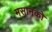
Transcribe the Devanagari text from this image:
मसानको